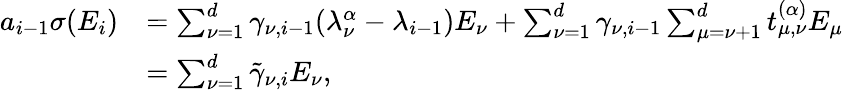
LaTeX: \begin{array}{rl}{a_{i-1}\sigma(E_{i})}&{=\sum_{\nu=1}^{d}\gamma_{\nu,i-1}(\lambda_{\nu}^{\alpha}-\lambda_{i-1})E_{\nu}+\sum_{\nu=1}^{d}\gamma_{\nu,i-1}\sum_{\mu=\nu+1}^{d}t_{\mu,\nu}^{(\alpha)}E_{\mu}}\\ &{=\sum_{\nu=1}^{d}\tilde{\gamma}_{\nu,i}E_{\nu},}\end{array}